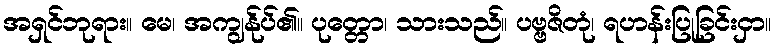
အရှင်ဘုရား။ မေ၊ အကျွန်ုပ်၏။ ပုတ္တော၊ သားသည်။ ပဗ္ဗဇိတုံ၊ ရဟန်းပြုခြင်းငှာ။